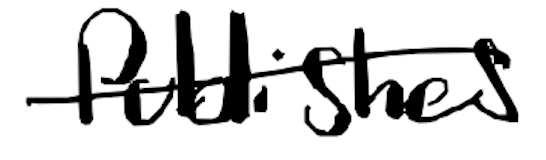
Text: publishes
Cross-out: single-line
Writing tool: digital_black